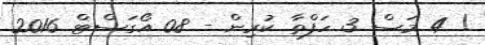
! 4 މަސް 3 ހަފްތާ ކުރިން - 08 އޯގަސްޓް 2016